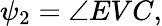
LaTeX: \psi_{2}=\angle EVC,